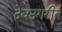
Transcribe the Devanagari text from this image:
देवनगरीत